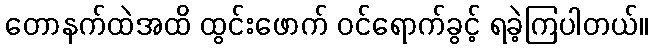
တောနက်ထဲအထိ ထွင်းဖောက် ဝင်ရောက်ခွင့် ရခဲ့ကြပါတယ်။